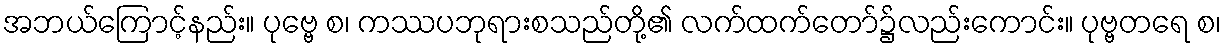
အဘယ်ကြောင့်နည်း။ ပုဗ္ဗေ စ၊ ကဿပဘုရားစသည်တို့၏ လက်ထက်တော်၌လည်းကောင်း။ ပုဗ္ဗတရေ စ၊